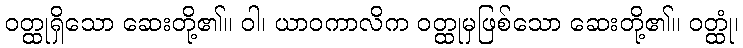
ဝတ္ထုရှိသော ဆေးတို့၏။ ဝါ၊ ယာဝကာလိက ဝတ္ထုမှဖြစ်သော ဆေးတို့၏။ ဝတ္ထုံ၊